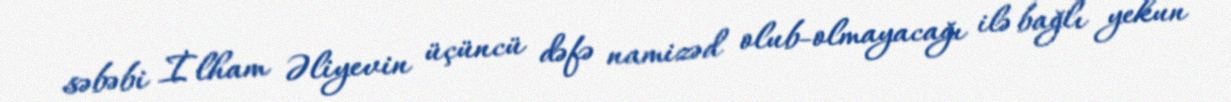
səbəbi İlham Əliyevin üçüncü dəfə namizəd olub-olmayacağı ilə bağlı yekun